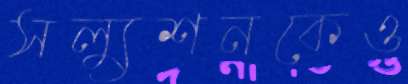
সল্যুশনকেও